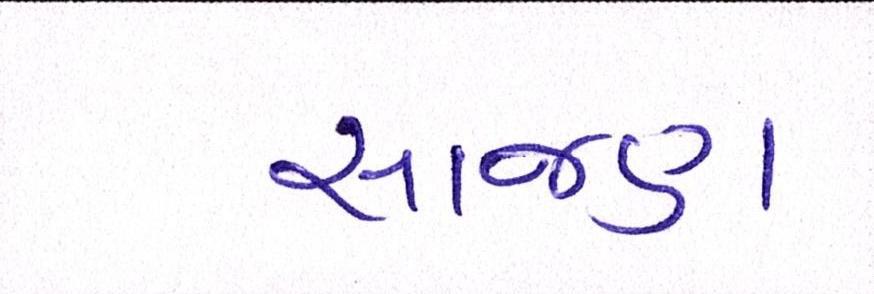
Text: સાજણ